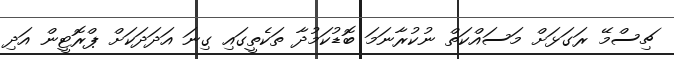
ޗިސްމޭ ރަގަޅަށް މަސައްކަތް ނުކުރާނަމަ ބޮޑުކަމުދާ ތަކެތީގައި ގިނަ އަދަދަކަށް ޕްރޮޓީން އަދި